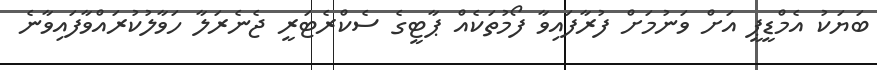
ބަޔަކު އެމްޑީޕީ އަށް ވަނުމަށް ފުރާފައިވާ ފޯމުތަކެއް ޕާޓީގެ ސެކްރެޓަރީ ޖެނެރަލާ ހަވާލުކުރައްވާފައިވާނެ